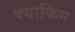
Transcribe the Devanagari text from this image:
क्याकिंग